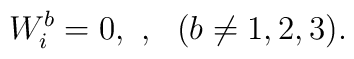
W^b_i = 0, \ , \ \ (b \ne 1,2,3).